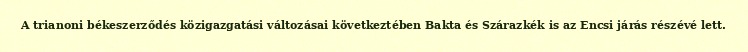
A trianoni békeszerződés közigazgatási változásai következtében Bakta és Szárazkék is az Encsi járás részévé lett.